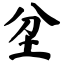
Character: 坌